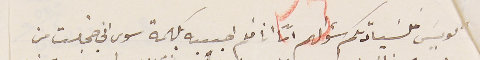
لويسَ فلسَيادتكم سؤالهم امّا انا فلم اجيبه بكلمة سوى اني خجلت من